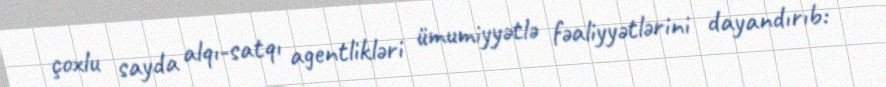
çoxlu sayda alqı-satqı agentlikləri ümumiyyətlə fəaliyyətlərini dayandırıb: